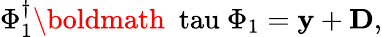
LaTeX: \Phi_{1}^{\dagger}\mathrm{\boldmath~\ tau~}\Phi_{1}={\mathbf y}+{\mathbf D},